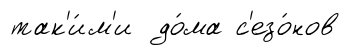
так'и́м'и до́ма с'езо́нов